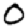
Digit: 0